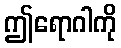
ဤရောဂါကို